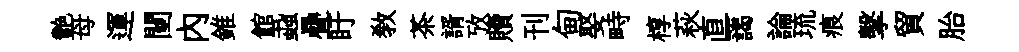
艷母運闉内錐館蝨疊盱敎茶諝攷贖刊甸娶畤椁萩直藹論琉痕擊貿胎